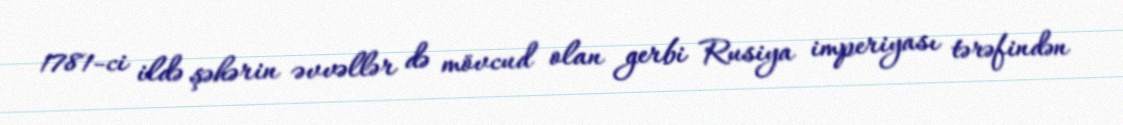
1781-ci ildə şəhərin əvvəllər də mövcud olan gerbi Rusiya imperiyası tərəfindən